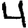
Digit: 4